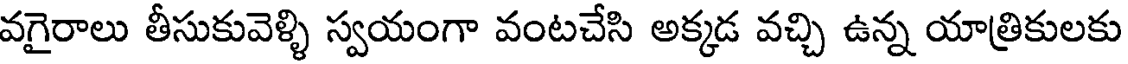
వగైరాలు తీసుకువెళ్ళి స్వయంగా వంటచేసి అక్కడ వచ్చి ఉన్న యాత్రికులకు